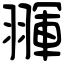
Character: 𦑩